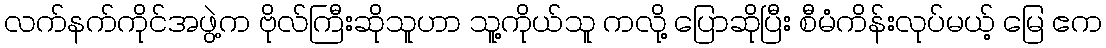
လက်နက်ကိုင်အဖွဲ့က ဗိုလ်ကြီးဆိုသူဟာ သူ့ကိုယ်သူ ကလို့ ပြောဆိုပြီး စီမံကိန်းလုပ်မယ့် မြေ ဧက